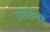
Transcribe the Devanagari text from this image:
ऊर्ध्वान्वय